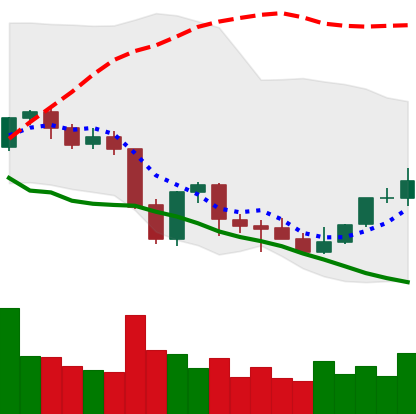
Ticker: NEO-USD
Chart end date: 2021-10-03
Forward return: 5.01%
Label: up_5_7